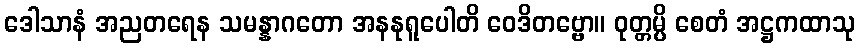
ဒေါသာနံ အညတရေန သမန္နာဂတော အနနုရူပေါတိ ဝေဒိတဗ္ဗော။ ဝုတ္တမ္ပိ စေတံ အဋ္ဌကထာသု